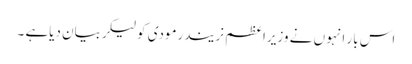
اس بار انہو ں نے وزیراعظم نریندرمودی کولیکربیان دیاہے ۔